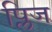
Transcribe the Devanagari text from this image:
प्लिज